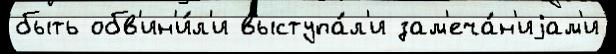
быть обв'ин'и́л'и выступа́л'и зам'еча́н'иjам'и